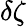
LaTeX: \delta\zeta